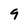
Character: 9